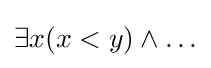
\exists x(x<y)\land \ldots